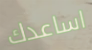
اساعدك